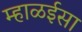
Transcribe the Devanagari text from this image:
म्हाळईसा